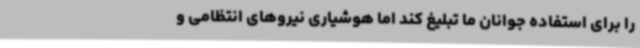
را برای استفاده جوانان ما تبلیغ کند اما هوشیاری نیروهای انتظامی و